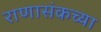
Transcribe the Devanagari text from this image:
राणासंकच्या